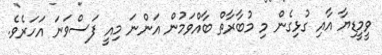
ވީމީޑިޔާ އާއި ގުޅިގެން މި މުބާރާތް ބާއްވަމުން އަންނަ މިއީ ފަސްވަނަ އަހަރެވެ.